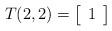
LaTeX: \begin{align*}T(2,2) & = \left[ \begin {array}{c} 1\end {array} \right] & \end{align*}